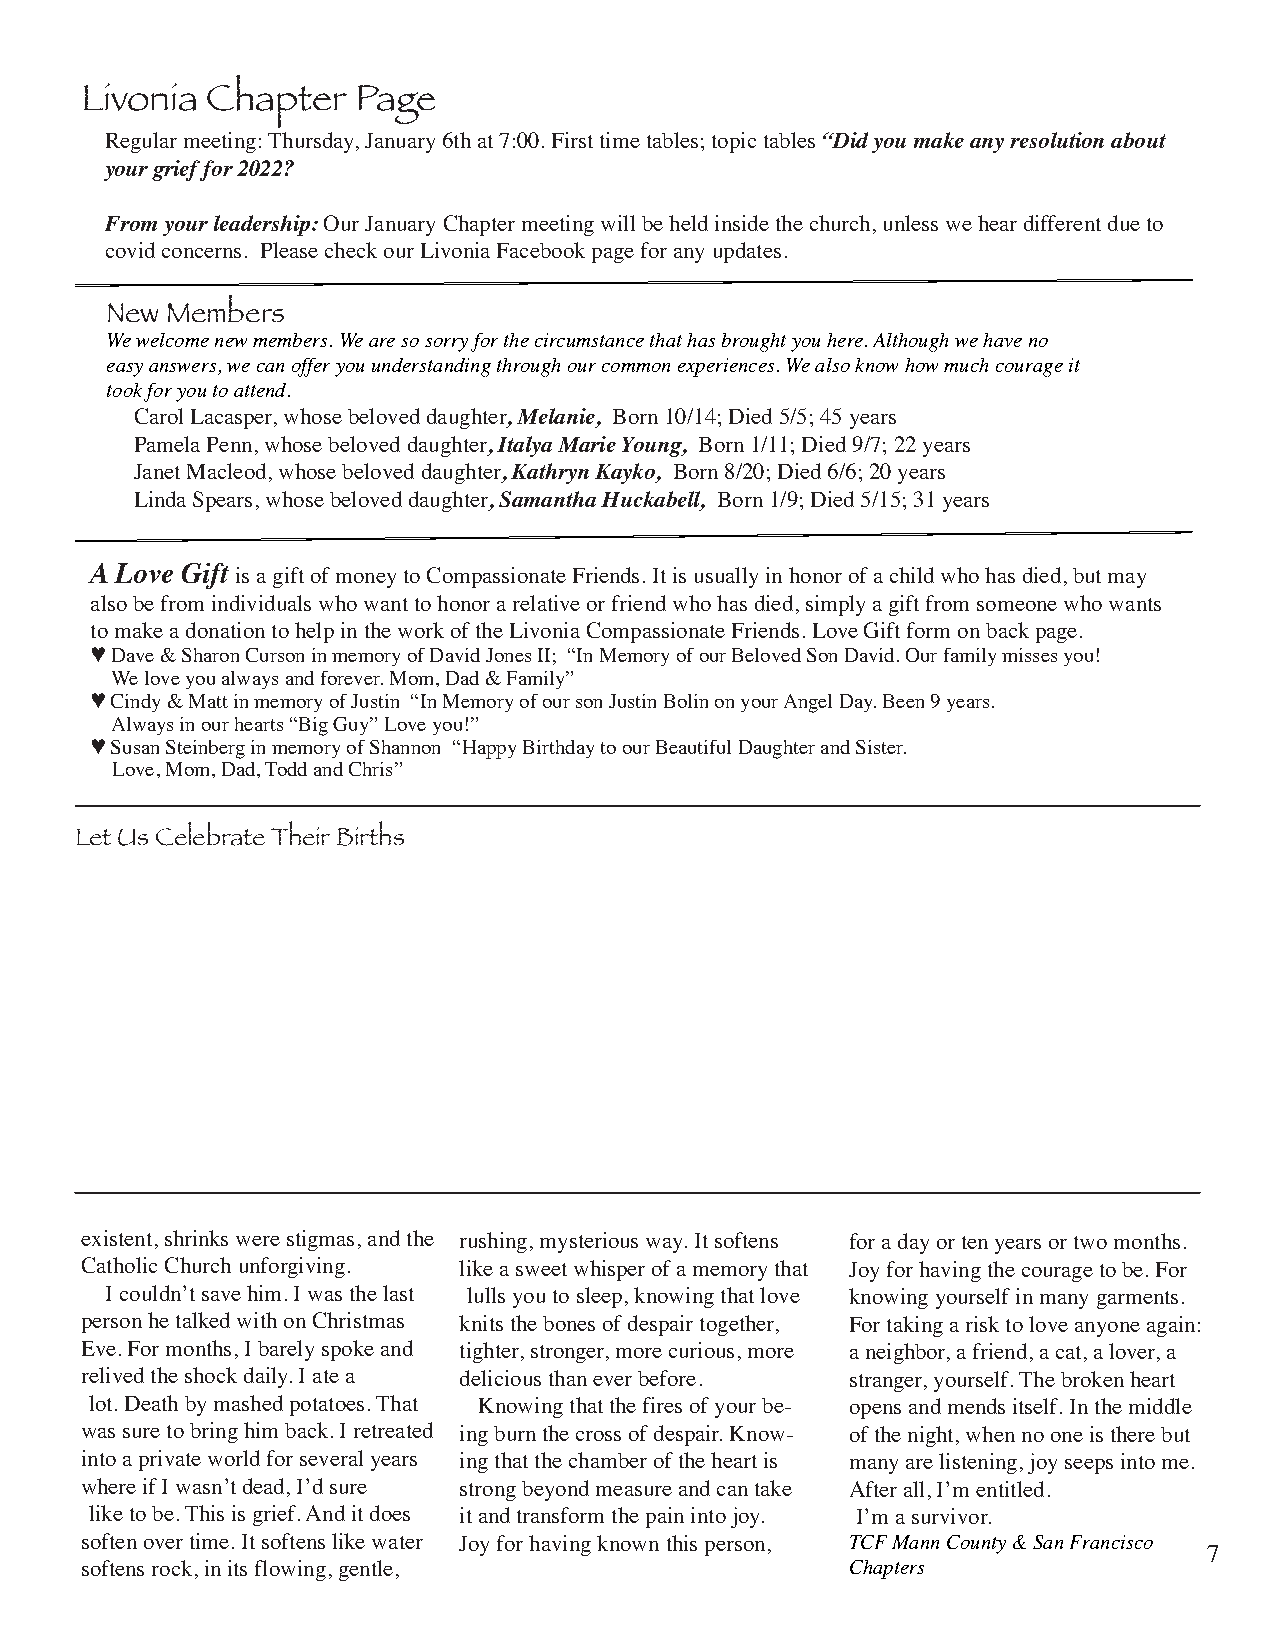
Livonia  Chapter   Page
 Regular meeting: Thursday, January 6th at 7:00. First time tables; topic tables “Did you make any resolution about
 your grief for 2022?
 From your leadership: Our January Chapter meeting will be held inside the church, unless we hear different due to
 covid concerns. Please check our Livonia Facebook page for any updates.
 New Members
 We welcome new members. We are so sorry for the circumstance that has brought you here. Although we have no
 easy answers, we can offer you understanding through our common experiences. We also know how much courage it
 took for you to attend.
 Carol Lacasper, whose beloved daughter, Melanie, Born 10/14; Died 5/5; 45 years
 Pamela Penn, whose beloved daughter, Italya Marie Young, Born 1/11; Died 9/7; 22 years
 Janet Macleod, whose beloved daughter, Kathryn Kayko, Born 8/20; Died 6/6; 20 years
 Linda Spears, whose beloved daughter, Samantha Huckabell, Born 1/9; Died 5/15; 31 years
 A Love Gift is a gift of money to Compassionate Friends. It is usually in honor of a child who has died, but may
 also be from individuals who want to honor a relative or friend who has died, simply a gift from someone who wants
 to make a donation to help in the work of the Livonia Compassionate Friends. Love Gift form on back page.
 ♥ Dave & Sharon Curson in memory of David Jones II; “In Memory of our Beloved Son David. Our family misses you!
 We love you always and forever. Mom, Dad & Family”
 ♥ Cindy & Matt in memory of Justin “In Memory of our son Justin Bolin on your Angel Day. Been 9 years.
 Always in our hearts “Big Guy” Love you!”
 ♥ Susan Steinberg in memory of Shannon “Happy Birthday to our Beautiful Daughter and Sister.
 Love, Mom, Dad, Todd and Chris”
 Let Us Celebrate Their Births
 existent, shrinks were stigmas, and the rushing, mysterious way. It softens for a day or ten years or two months.
 Catholic Church unforgiving. like a sweet whisper of a memory that Joy for having the courage to be. For
 I couldn’t save him. I was the last lulls you to sleep, knowing that love knowing yourself in many garments.
 person he talked with on Christmas knits the bones of despair together, For taking a risk to love anyone again:
 Eve. For months, I barely spoke and tighter, stronger, more curious, more a neighbor, a friend, a cat, a lover, a
 relived the shock daily. I ate a delicious than ever before. stranger, yourself. The broken heart
 lot. Death by mashed potatoes. That Knowing that the fires of your be- opens and mends itself. In the middle
 was sure to bring him back. I retreated ing burn the cross of despair. Know- of the night, when no one is there but
 into a private world for several years ing that the chamber of the heart is many are listening, joy seeps into me.
 where if I wasn’t dead, I’d sure strong beyond measure and can take After all, I’m entitled.
 like to be. This is grief. And it does it and transform the pain into joy. I’m a survivor.
 soften over time. It softens like water Joy for having known this person, TCF Mann County & San Francisco
 7
 softens rock, in its flowing, gentle,              Chapters